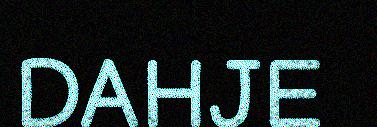
DAHJE